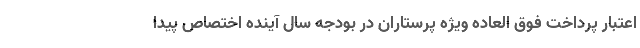
اعتبار پرداخت فوق العاده ویژه پرستاران در بودجه سال آینده اختصاص پیدا